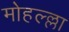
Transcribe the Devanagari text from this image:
मोहल्ल्ला